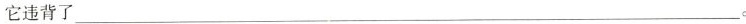
它违背了___。